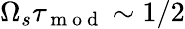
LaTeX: \Omega_{s}\tau_{\mathrm{~m~o~d~}}\sim 1/2